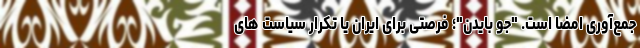
جمع‌آوری امضا است. "جو بایدن"؛ فرصتی برای ایران یا تکرار سیاست های